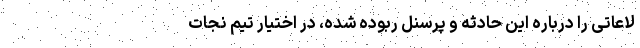
لاعاتی را درباره این حادثه و پرسنل ربوده شده، در اختیار تیم نجات